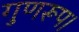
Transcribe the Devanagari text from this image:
गुणरूप।